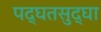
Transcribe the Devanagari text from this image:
पद्घतसुद्घा